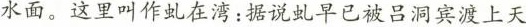
水面。这里叫作虬在湾:据说虬早已被吕洞宾渡上天